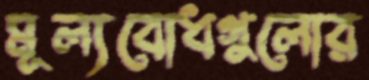
মূল্যবোধগুলোর